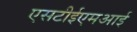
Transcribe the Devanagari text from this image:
एसटीईएमआई